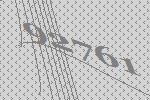
92761